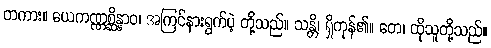
တကား။ ယေကဏ္ဏစ္ဆိန္နာဝ၊ အကြင်နားရွက်ပဲ့ တို့သည်။ သန္တိ၊ ရှိကုန်၏။ တေ၊ ထိုသူတို့သည်။